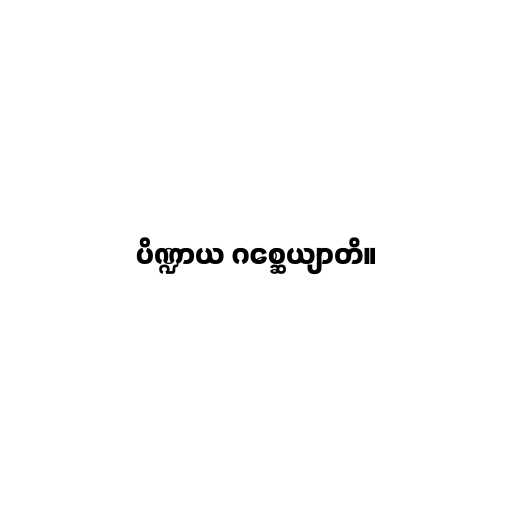
ပိဏ္ဍာယ ဂစ္ဆေယျာတိ။